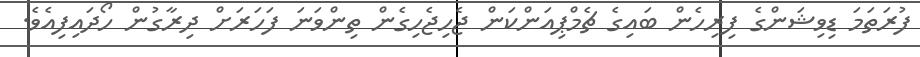
ފުރަތަމަ ޑިވިޝަންގެ ފިރިހެން ބައިގެ ޗެމްޕިއަންކަން ޖެހިޖެހިގެން ތިންވަނަ ފަހަރަށް ދިރާގުން ހޯދައިފިއެވެ.